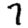
Digit: 7